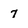
Character: 7